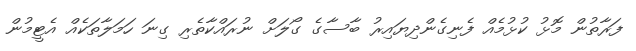
ފަރާތުން މޮޅު ކުޅުމެއް ފެނިގެންދިޔައިރު ބާސާގެ ގޯލަށް ނުރައްކާތެރި ގިނަ ހަމަލާތަކެއް އެޓީމުން